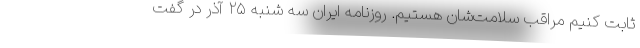
ثابت کنیم مراقب سلامت‌شان هستیم. روزنامه ایران سه شنبه ۲۵ آذر در گفت